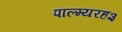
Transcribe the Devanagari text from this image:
पाल्म्यरह३